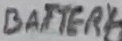
Text: BATTERY